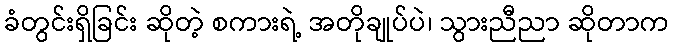
ခံတွင်းရှိခြင်း ဆိုတဲ့ စကားရဲ့ အတိုချုပ်ပဲ၊ သွားညီညာ ဆိုတာက